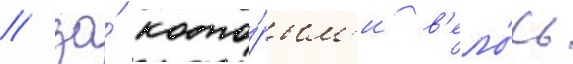
/ за́ кото́рым'и в'ело́сь